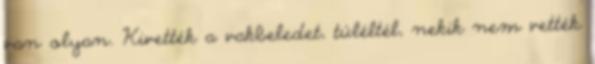
van olyan. Kivették a vakbeledet, túléltél, nekik nem vették